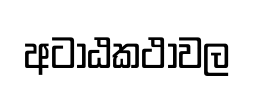
අටාඨකථාවල